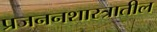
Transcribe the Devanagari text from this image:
प्रजननशास्त्रातील